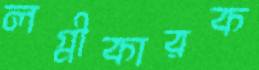
লগ্নীকারক